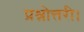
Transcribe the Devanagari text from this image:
प्रश्नोत्तरी।